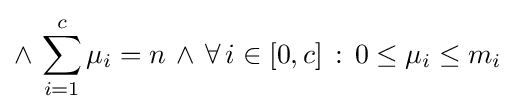
\wedge \,\sum _{i=1}^{c}\mu _{i}=n\,\wedge \,\forall \,i\in [0,c]\,:\,0\leq \mu _{i}\leq m_{i}